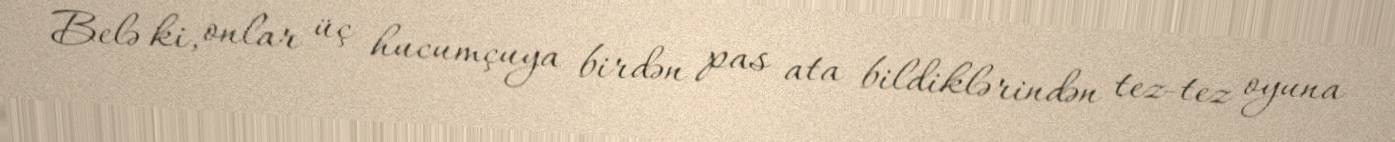
Belə ki, onlar üç hucumçuya birdən pas ata bildiklərindən tez-tez oyuna